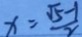
x = \frac { \sqrt { 5 - 1 } } { 2 }